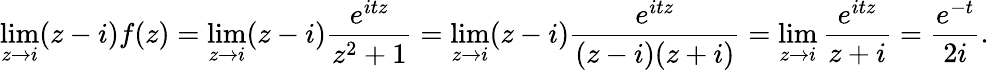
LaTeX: \operatorname*{lim}_{z\to i}(z-i)f(z)=\operatorname*{lim}_{z\to i}(z-i){\frac{e^{itz}}{z^{2}+1}}=\operatorname*{lim}_{z\to i}(z-i){\frac{e^{itz}}{(z-i)(z+i)}}=\operatorname*{lim}_{z\to i}{\frac{e^{itz}}{z+i}}={\frac{e^{-t}}{2i}}.